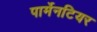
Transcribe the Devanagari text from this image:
पार्मेनटियर